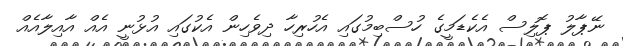
ނޭޕާލު ޕޮލިސް އެކެޑަމީގެ ހުސްބިމުގައި އެހުރިހާ ދިވެހިން އެކުގައި އުޅުނީ އެއް އާއިލާއެއް